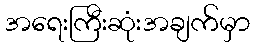
အရေးကြီးဆုံးအချက်မှာ